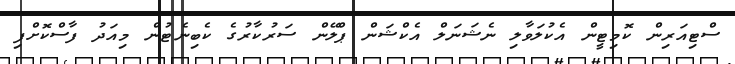
ސްޓިއަރިން ކޮމިޓީން އެކުލަވާލި ނެޝަނަލް އެކްޝަން ޕްލޭން ސަރުކާރުގެ ކެބިނެޓުން މިއަދު ފާސްކޮށްފި